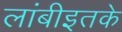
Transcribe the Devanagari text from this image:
लांबीइतके